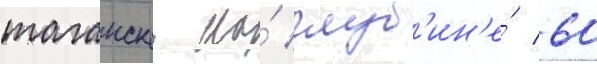
таганскои на́ глуб'ин'е́ 60